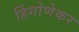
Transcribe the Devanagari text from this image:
हिंगोणेकर